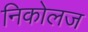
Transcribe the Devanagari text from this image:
निकोलज